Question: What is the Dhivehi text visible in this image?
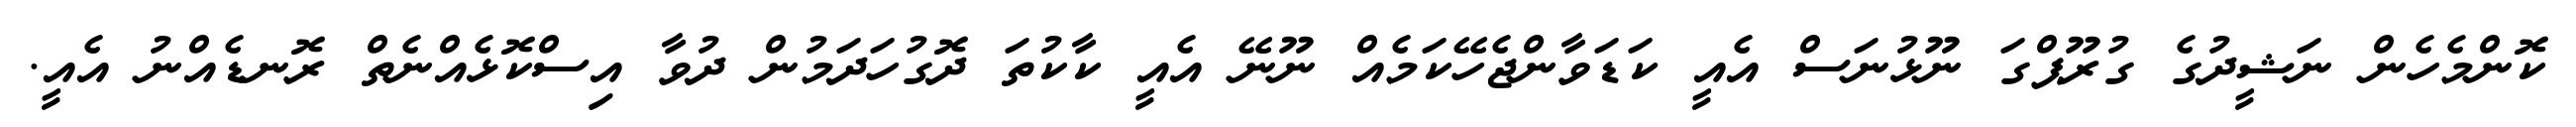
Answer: ކޮންމެހެން ނަޝީދުގެ ގުރޫޕްގަ ނޫޅުނަސް އެއީ ކަޑަވާންޖެހޭކަމެއް ނޫނޭ އެއީ ކާކުތަ ދޮގުހަދަމުން ދުވާ އިސްކޮޅެއްނެތް ރޮނޑެއްނު އެއީ.